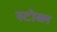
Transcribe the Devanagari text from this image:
स्टोब्ल